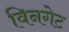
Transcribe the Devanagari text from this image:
विनगेट